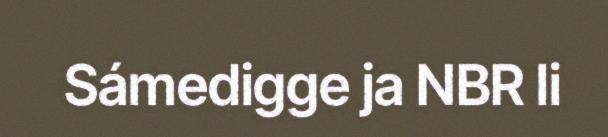
Sámedigge ja NBR li